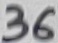
Text: 36